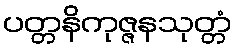
ပတ္တနိကုဇ္ဇနသုတ္တံ